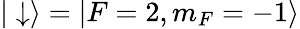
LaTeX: |\downarrow\rangle=|F=2,m_{F}=-1\rangle